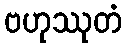
ဗဟုဿုတံ